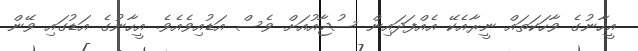
އީހާނުގެ ވާހަކަތައް ނީރާއެކޭ އެއްފަދައިން ސުޖާއުއަށް ވެސް އަޑުއިވެއެވެ. އީހާނުގެ އަޑުގައި ވޭން